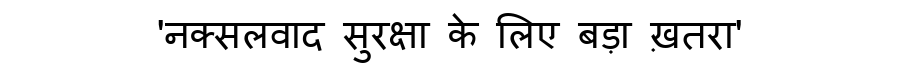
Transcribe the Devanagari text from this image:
'नक्सलवाद सुरक्षा के लिए बड़ा ख़तरा'